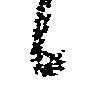
候